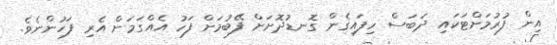
އިން ފުރުމަށްޓަކައި ދަބަސް ހިފައިގެން ގޮނޑުދޮށަށް ފޭބުމަށް ފަހު އެއްގަމަށް އެރި ފަހުންނެވެ.